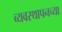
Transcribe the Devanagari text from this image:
व्यवस्थापनच्या